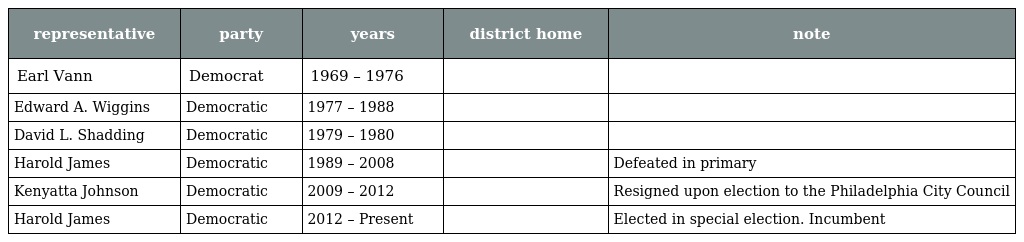
| representative | party | years | district home | note |
 | --- | --- | --- | --- | --- |
 | Earl Vann | Democrat | 1969 – 1976 |  |  |
 | Edward A. Wiggins | Democratic | 1977 – 1988 |  |  |
 | David L. Shadding | Democratic | 1979 – 1980 |  |  |
 | Harold James | Democratic | 1989 – 2008 |  | Defeated in primary |
 | Kenyatta Johnson | Democratic | 2009 – 2012 |  | Resigned upon election to the Philadelphia City Council |
 | Harold James | Democratic | 2012 – Present |  | Elected in special election. Incumbent |